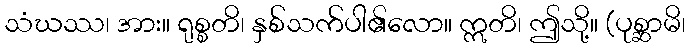
သံဃဿ၊ အား။ ရုစ္စတိ၊ နှစ်သက်ပါ၏လော။ ဣတိ၊ ဤသို့။ (ပုစ္ဆာမိ၊